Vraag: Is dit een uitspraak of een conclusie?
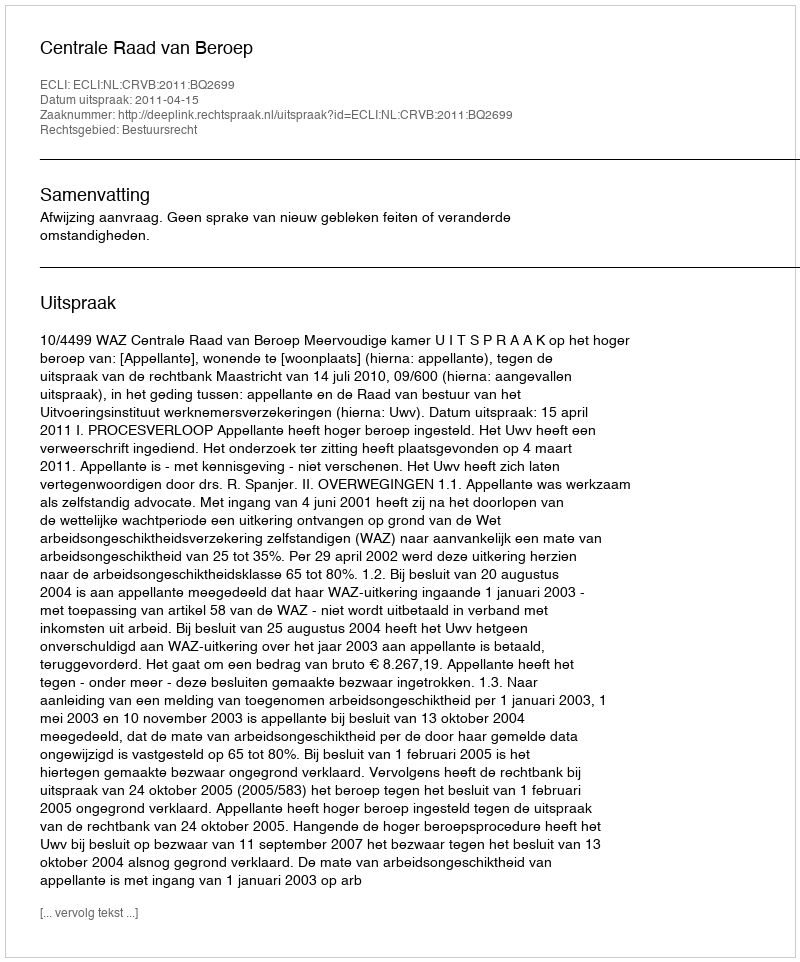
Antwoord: Uitspraak